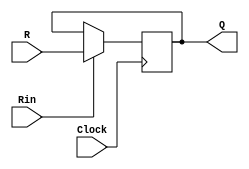
module regn(R,Rin,Clock,Q);//16D R Rin Q
	parameter n=16;
	input[n-1:0] R;
	input Rin,Clock;
	output[n-1:0] Q;
	reg[n-1:0] Q;
	always @(posedge Clock)
		if(Rin)
			Q<=R;
endmodule